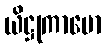
ယိဋ္ဌုကာမော